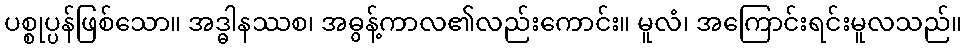
ပစ္စုပ္ပန်ဖြစ်သော။ အဒ္ဓါနဿစ၊ အဓွန့်ကာလ၏လည်းကောင်း။ မူလံ၊ အကြောင်းရင်းမူလသည်။